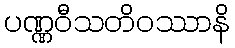
ပဏ္ဏဝီသတိဝဿာနိ